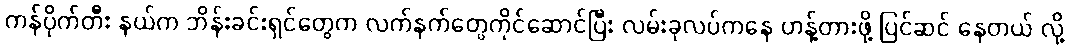
ကန်ပိုက်တီး နယ်က ဘိန်းခင်းရှင်တွေက လက်နက်တွေကိုင်ဆောင်ပြီး လမ်းခုလပ်ကနေ ဟန့်တားဖို့ ပြင်ဆင် နေတယ် လို့